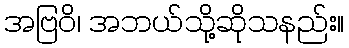
အဗြဝိ၊ အဘယ်သို့ဆိုသနည်း။